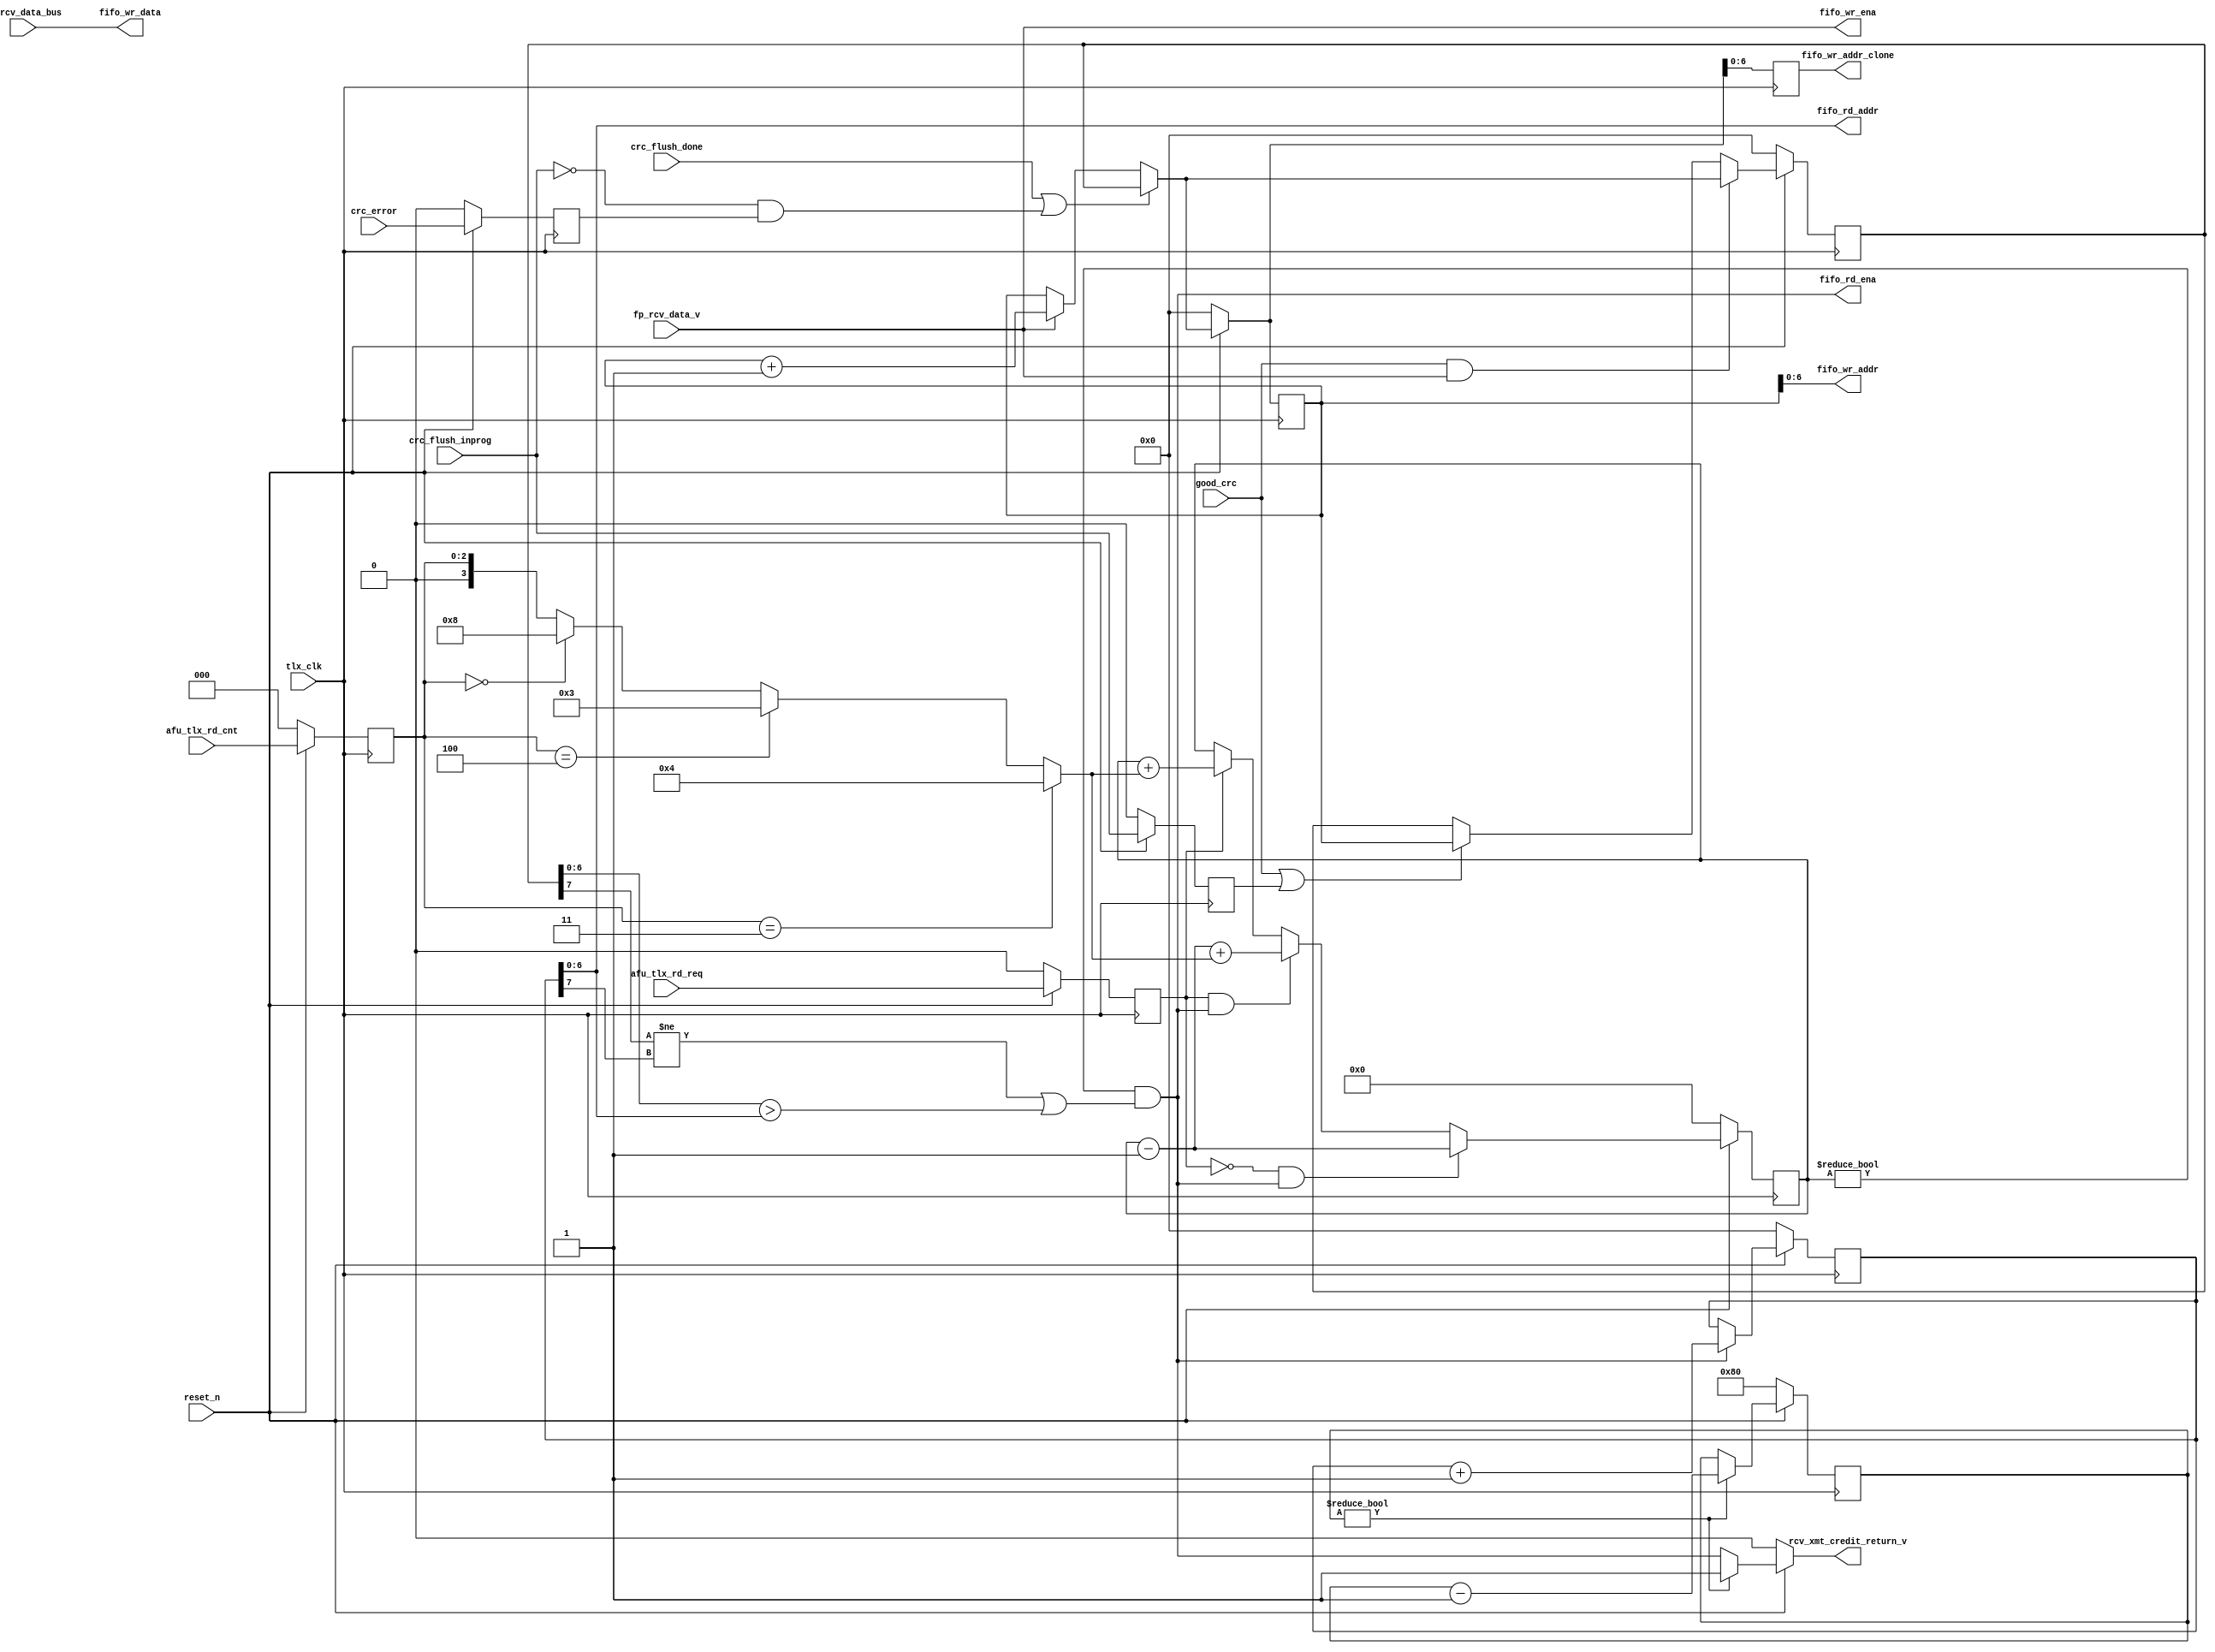
// This program was cloned from: https://github.com/OpenCAPI/ThymesisFlow
// License: Apache License 2.0

// *!***************************************************************************
// *! Copyright 2019 International Business Machines
// *!
// *! Licensed under the Apache License, Version 2.0 (the "License");
// *! you may not use this file except in compliance with the License.
// *! You may obtain a copy of the License at
// *! http://www.apache.org/licenses/LICENSE-2.0 
// *!
// *! The patent license granted to you in Section 3 of the License, as applied
// *! to the "Work," hereby includes implementations of the Work in physical form.  
// *!
// *! Unless required by applicable law or agreed to in writing, the reference design
// *! distributed under the License is distributed on an "AS IS" BASIS,
// *! WITHOUT WARRANTIES OR CONDITIONS OF ANY KIND, either express or implied.
// *! See the License for the specific language governing permissions and
// *! limitations under the License.
// *! 
// *! The background Specification upon which this is based is managed by and available from
// *! the OpenCAPI Consortium.  More information can be found at https://opencapi.org. 
// *!***************************************************************************
`timescale 1ns / 1ps

//////////////////////////////////////////////////////////////////////////////////
// Company: 
// Engineer: 
// 
// Design Name: 
// Module Name: tlx_dcp_fifo_ctl
// Project Name: 
// Target Devices: 
// Tool Versions: 
// Description: 
// 
// Dependencies: 
// 
// Revision:
// Revision 0.01 - File Created
// Additional Comments: Add overrun error cases
// 
//////////////////////////////////////////////////////////////////////////////////

module ocx_tlx_dcp_fifo_ctl
    #(
    parameter addr_width = 7
    )
    (
    input  good_crc,
    input  crc_flush_done,
    input  crc_flush_inprog,
    input  fp_rcv_data_v,
    input  [511:0] fp_rcv_data_bus,
    input  [2:0] afu_tlx_rd_cnt,
    input  afu_tlx_rd_req,
    output fifo_wr_ena,
    output [addr_width-1:0] fifo_wr_addr,
    output [addr_width-1:0] fifo_wr_addr_clone,
    output [511:0] fifo_wr_data,
    output fifo_rd_ena,
    output [addr_width-1:0] fifo_rd_addr,
    output rcv_xmt_credit_return_v,
    input  crc_error,
    input  tlx_clk,
    input  reset_n
    );
wire [addr_width:0] fifo_wr_ptr_din,fifo_rd_ptr_din,fifo_wr_verif_ptr_din;
reg  [addr_width:0] fifo_wr_ptr_dout,fifo_rd_ptr_dout,fifo_wr_verif_ptr_dout,fifo_wr_ptr_dout_clone;
wire [addr_width-1:0] fifo_rd_cnt_din;
reg  [addr_width-1:0] fifo_rd_cnt_dout;
wire fifo_rd_ena_int;
wire [addr_width:0] fifo_wr_ptr_plus1, fifo_rd_ptr_plus1;
// reg  [addr_width:0] credit_init_cnt_reg = 2**(addr_width); 
reg  [addr_width:0] credit_init_cnt_reg; 
wire [3:0] afu_rd_cnt_decode;
wire crc_error_din;
reg  crc_error_dout;
wire crc_flush_inprog_din;
reg  crc_flush_inprog_dout;
//timing fix
wire [2:0] afu_rd_cnt_din;
reg  [2:0] afu_rd_cnt_dout;
wire afu_rd_req_din;
reg  afu_rd_req_dout;
always @(posedge tlx_clk)
begin
    if (!reset_n)
    begin
    fifo_wr_ptr_dout <= {addr_width+1{1'b0}};
    fifo_wr_ptr_dout_clone <= {addr_width+1{1'b0}};
    fifo_wr_verif_ptr_dout <= {addr_width+1{1'b0}};
    fifo_rd_ptr_dout <= {addr_width+1{1'b0}};
    fifo_rd_cnt_dout <= {addr_width{1'b0}};
//  credit_init_cnt_reg <= 2**(addr_width);
    credit_init_cnt_reg <= {1'b1, {addr_width{1'b0}} };
    crc_error_dout <= 1'b0;
    crc_flush_inprog_dout <= 1'b0;
    afu_rd_cnt_dout <= 3'b0;
    afu_rd_req_dout <= 1'b0;
    //NJO TODO on reset do I need to restart init credits?
    end
    else
    begin
    if(credit_init_cnt_reg != {addr_width+1{1'b0}})
        begin
        credit_init_cnt_reg <= credit_init_cnt_reg - {{addr_width{1'b0}}, 1'b1};
        end
    fifo_wr_ptr_dout <= fifo_wr_ptr_din;
    fifo_wr_ptr_dout_clone <= fifo_wr_ptr_din;
    fifo_wr_verif_ptr_dout <= fifo_wr_verif_ptr_din;
    fifo_rd_ptr_dout <= fifo_rd_ptr_din;  
    fifo_rd_cnt_dout <= fifo_rd_cnt_din; 
    crc_error_dout <= crc_error_din;
    crc_flush_inprog_dout <= crc_flush_inprog_din;
    afu_rd_cnt_dout <= afu_rd_cnt_din;
    afu_rd_req_dout <= afu_rd_req_din;    
    end 
end

//Unused signals
wire unused_intentionally;
assign unused_intentionally = fifo_wr_ptr_dout_clone[addr_width];
//
assign afu_rd_req_din = afu_tlx_rd_req;
assign afu_rd_cnt_din = afu_tlx_rd_cnt;
assign crc_flush_inprog_din = crc_flush_inprog;
assign crc_error_din = crc_error;
assign afu_rd_cnt_decode = (afu_rd_cnt_dout == 3'b011) ? 4'b0100 :
                           (afu_rd_cnt_dout == 3'b100) ? 4'b0011 : 
                           (afu_rd_cnt_dout == 3'b000) ? 4'b1000 : {1'b0,afu_rd_cnt_dout};                                
//Read Request Logic
assign fifo_rd_ena_int = (fifo_rd_cnt_dout != {addr_width{1'b0}}) & ((fifo_wr_verif_ptr_dout[addr_width] != fifo_rd_ptr_dout[addr_width]) | (fifo_wr_verif_ptr_dout[addr_width-1:0] > fifo_rd_ptr_dout[addr_width-1:0])) ; //if read count is not equal to zero
assign fifo_rd_cnt_din = (~afu_rd_req_dout && fifo_rd_ena_int) ? fifo_rd_cnt_dout - {{addr_width-1{1'b0}}, 1'b1} :
                         (afu_rd_req_dout && fifo_rd_ena_int)  ? (fifo_rd_cnt_dout - {{addr_width-1{1'b0}}, 1'b1}) + {{addr_width-4{1'b0}}, afu_rd_cnt_decode[3:0]} : 
                         (afu_rd_req_dout)                     ? fifo_rd_cnt_dout + {{addr_width-4{1'b0}}, afu_rd_cnt_decode[3:0]} : fifo_rd_cnt_dout;                         
//Write Pointer Bit 6 of pointers are an overflow bit
assign fifo_wr_ptr_plus1 = fifo_wr_ptr_dout + {{addr_width{1'b0}}, 1'b1};
assign fifo_wr_ptr_din = (crc_flush_done || (~crc_flush_inprog && crc_error_dout)) ? fifo_wr_verif_ptr_dout : 
                         fp_rcv_data_v  ? fifo_wr_ptr_plus1      : fifo_wr_ptr_dout;
                            
assign fifo_wr_verif_ptr_din = (good_crc && fp_rcv_data_v) ? fifo_wr_ptr_din :
                               (good_crc || crc_flush_inprog_dout) ? fifo_wr_ptr_dout : fifo_wr_verif_ptr_dout;                                               
//Read Pointer
assign fifo_rd_ptr_plus1 = fifo_rd_ptr_dout + {{addr_width{1'b0}}, 1'b1};
assign fifo_rd_ptr_din = fifo_rd_ena_int ? fifo_rd_ptr_plus1 : fifo_rd_ptr_dout;
//FIFO Outputs
assign fifo_wr_ena = fp_rcv_data_v;
assign fifo_wr_addr = fifo_wr_ptr_dout[addr_width-1:0];
assign fifo_wr_addr_clone = fifo_wr_ptr_dout_clone[addr_width-1:0]; //cloned write address to ease timing
assign fifo_wr_data = fp_rcv_data_bus;
assign fifo_rd_ena = fifo_rd_ena_int;
assign fifo_rd_addr = fifo_rd_ptr_dout[addr_width-1:0];
//credit return
//assign credit_init_cnt_din = (credit_init_cnt_dout != 0) ? credit_init_cnt_dout - 1 : credit_init_cnt_dout;
assign rcv_xmt_credit_return_v = (!reset_n) ? 1'b0 : 
                                 (credit_init_cnt_reg != {addr_width+1{1'b0}}) ? 1'b1 : fifo_rd_ena_int;
//bdi ptr
 

endmodule